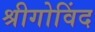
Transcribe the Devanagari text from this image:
श्रीगोविंद